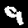
Digit: 9